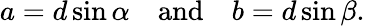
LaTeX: a=d\sin\alpha\quad{\mathrm{and}}\quad b=d\sin\beta.